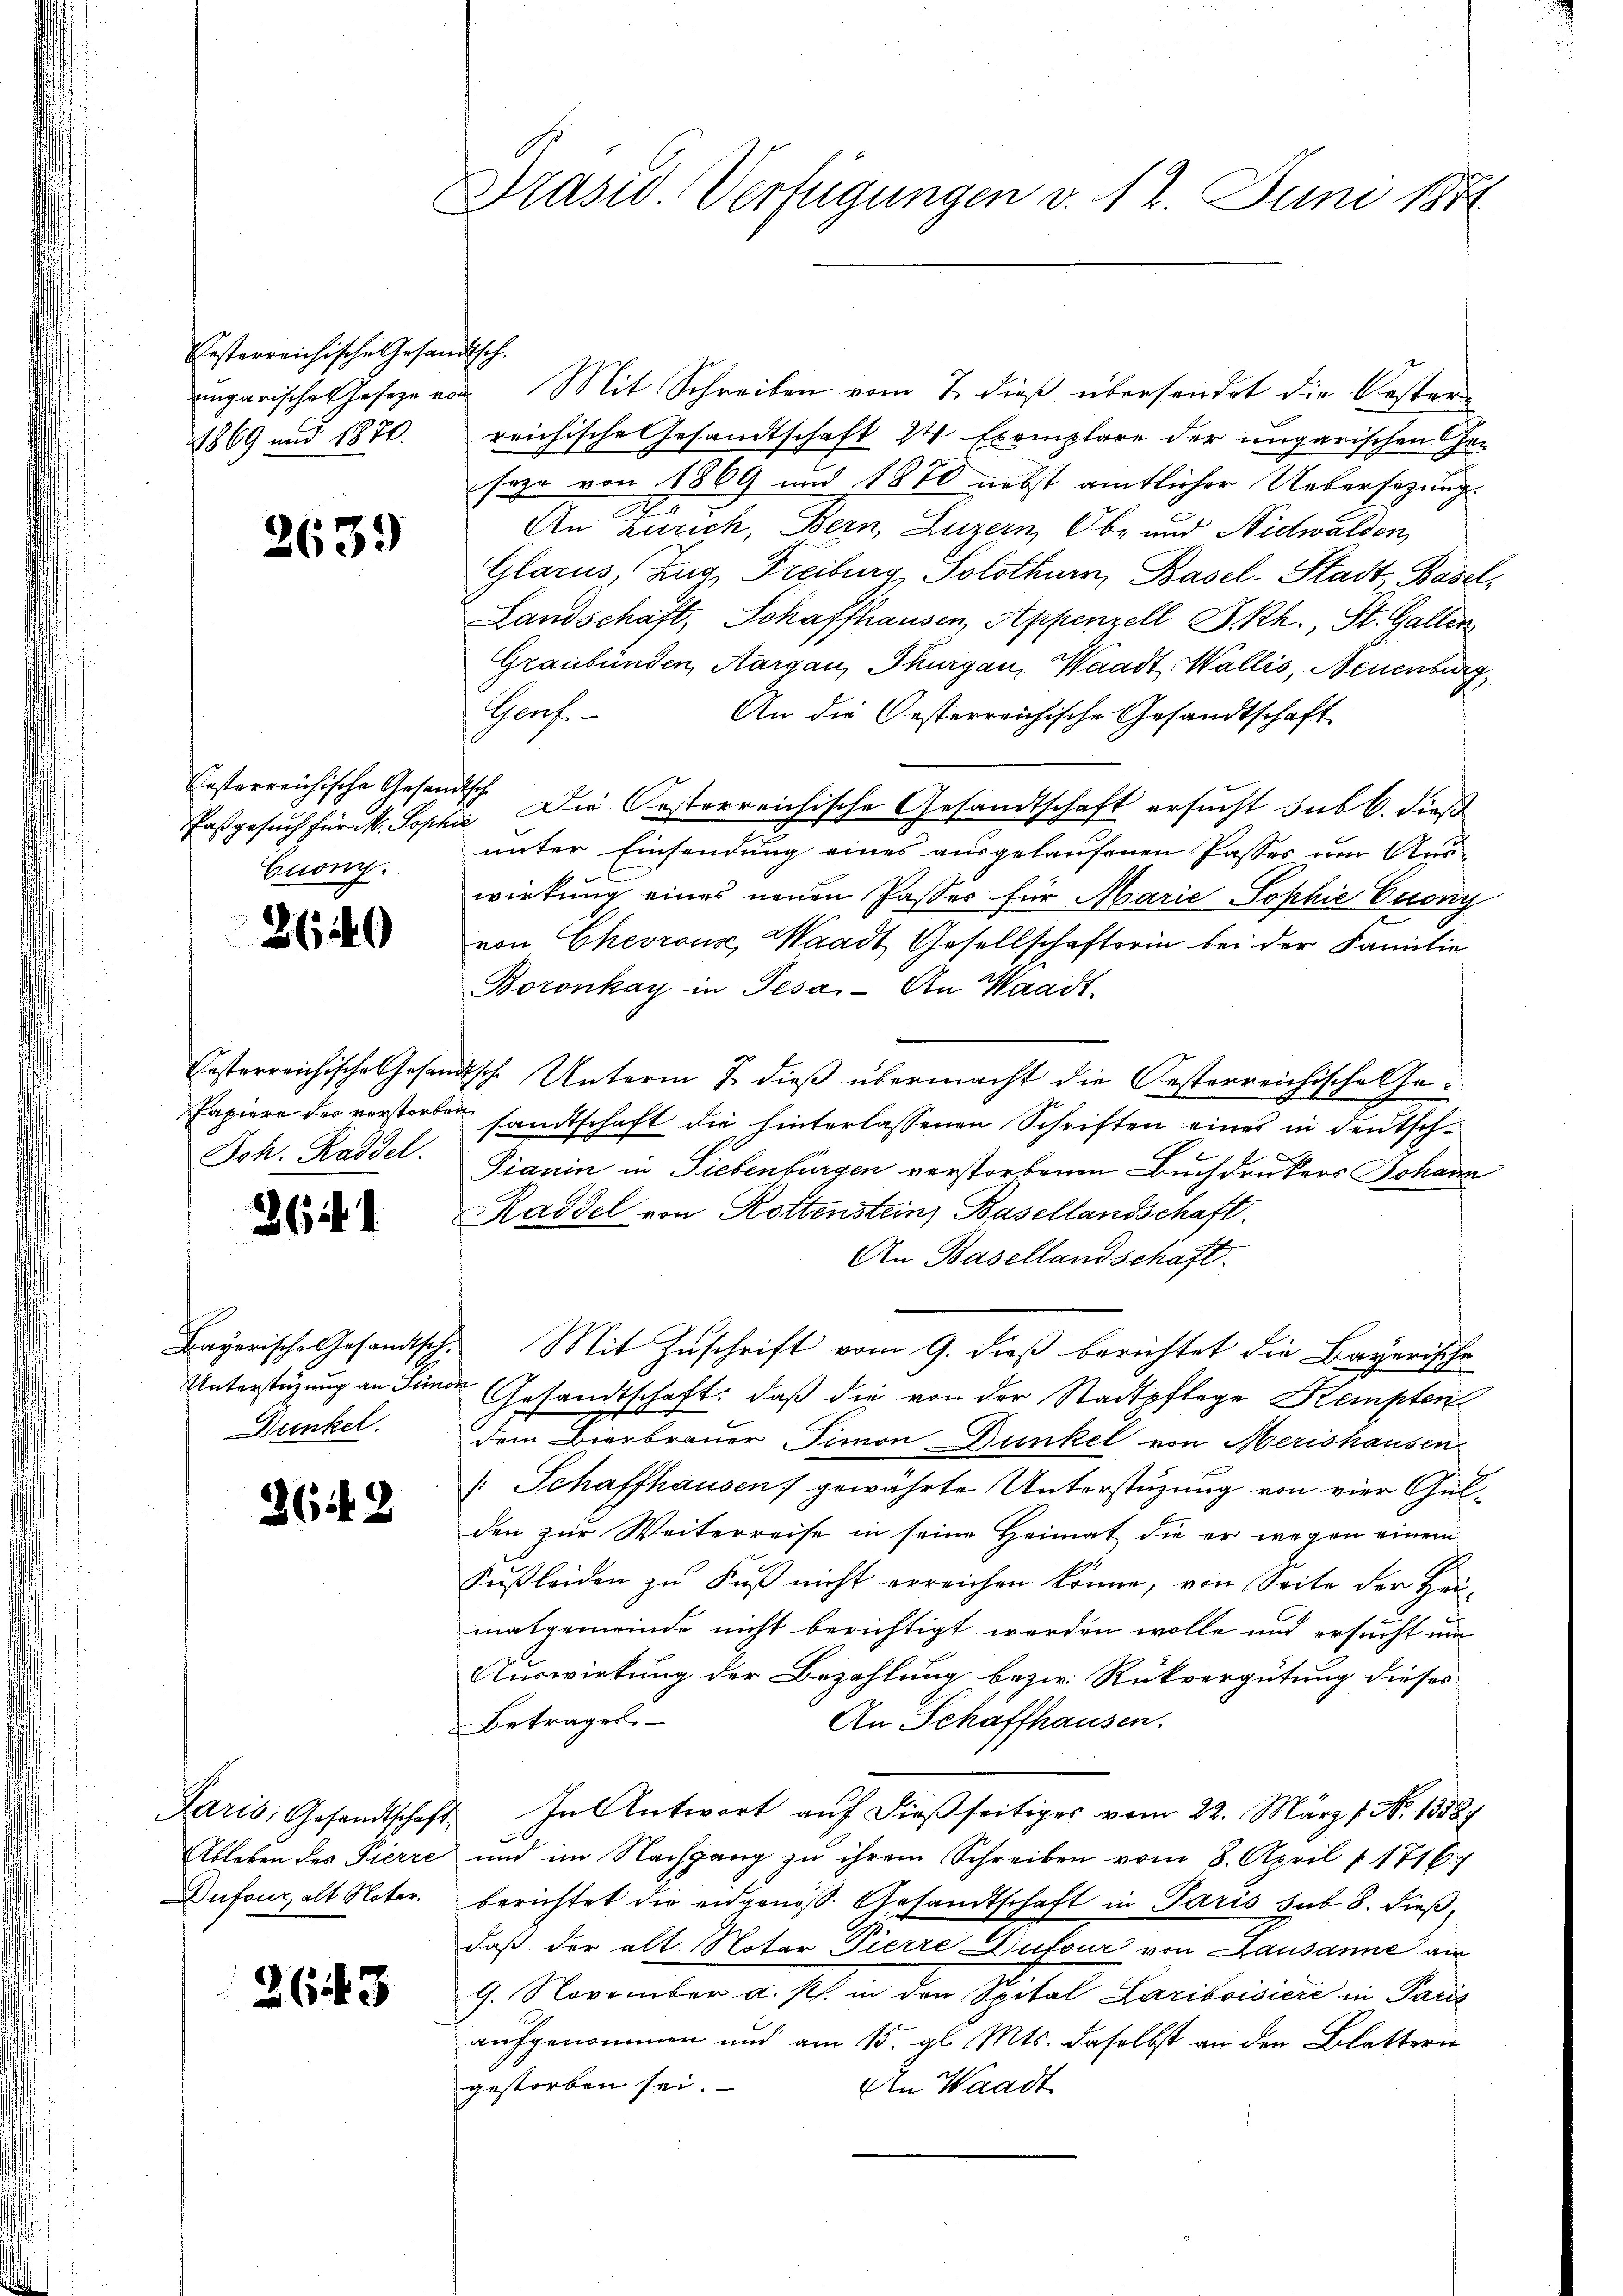
festerreichische Gesan
ungarische Geseze vor
1869 und 1870.

2

2639

Pesterreichische Gesand¬
Fasgesuch für M. Sopho
Enong.

864)

Joh. Kaddel.

6

Unterstüzung an Sims
Bunkel.

3642

Laris, Gesandtschaft
Ableben der Pierre
Dufour, alt Noter.

2643

Präsid. Verfügungen v. 12. Juni 1871

.
u. Mit Schreiben vom 7. dieß übersendet die Besterreichische Gesandtschaft 2 Exemplare der ungarischen Gesage von 1869 und 1870 nebst amtlicher Uebersezungs
An Zürich, Bern, Luzern, Ob- und Nidwalden
Glarus, Zug, Freiburg, Solothurn, Basel-Stadt Basel,
Landschaft, Schaffhausen, Appenzell I.Rh., St. Gallen
Graubünden, Aargau, Thurgau, Waadt, Wallis, Neuenburg
Prof.
An die Oesterreichische Gesandtschaft
 Die Oesterreichische Gesandtschaft ersucht sub b. dieß
unter Einsendung eines ausgelaufenen Passes um Auswirkung eines neuen Passes für Marie Sophie Cuony
von Chevrons, Waadt, Gesellschafterin bei der Familie
Boronkay in Pesa- An Waadt
festerreichische Gesandtsche Unterm 7. dieß übermacht die Oesterreichische Ge¬
Papiere der vorstorben sandtschaft die hinterlassenen Schriften eines in deutsch¬
1 f
Fianin in Liebenbürgen verstorbenen Buchdruckers Johann
Kaddel von Rottenstein Basellandschaft.
An Basellandschaft.
Bayerische Gesandtsch. Mit Zuschrift vom 9. dieß berichtet die Bayerische
e
Gesandtschaft: daß die von der Stadtpflege Kempten
r
dem Bierbrauer Timon Dunkel von Merishausen
: Schaffhausen) gewährte Unterstüzung von vier Gulden zur Weiterreise in seine Heimat die er wegen einem
Kußleiden zu Fuß nicht erreichen könne, von Seite der Heumatgemeinde nicht berichtigt werden wolle und ersucht um
Auswirkung der Bezahlung bezw. Rückvergütung dieses
An Schaffhausen.
Betrages.
2 In Antwort auf dießseitiges vom 22. März 1. No 1358
und im Nachgang zu ihrem Schreiben vom 8. April 1716
berichtet die eidgenöß. Gesandtschaft in Paris sub 8. dieß
daß der alt. Notar Pierre Dufour von Lausanne an
9. November a. Ph. in den Spital Lariboisiere in Paris
aufgenommen und am 15. gl. Mts. daselbst an den Blattern
gestorben sei.
An Waadt